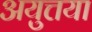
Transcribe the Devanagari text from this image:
अयुत्तया